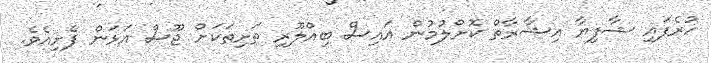
ހުރެފައި ޝާފިޔާ އިޝާރާތް ކޮށްލުމުން އައިސް ބިއްލޫރި ތަށިތަކަށް ޖޫސް އަޅަން ފެށިއެވެ.